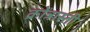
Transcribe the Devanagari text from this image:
क्रोंत्रास्ती